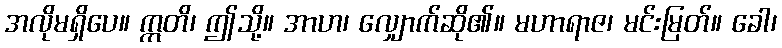
အလိုမရှိပေ။ ဣတိ၊ ဤသို့။ အာဟ၊ လျှောက်ဆို၏။ မဟာရာဇ၊ မင်းမြတ်။ ခေါ၊